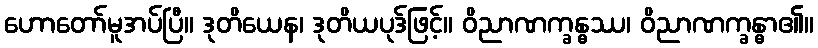
ဟောတော်မူအပ်ပြီ။ ဒုတိယေန၊ ဒုတိယပုဒ်ဖြင့်။ ဝိညာဏက္ခန္ဓဿ၊ ဝိညာဏက္ခန္ဓာ၏။